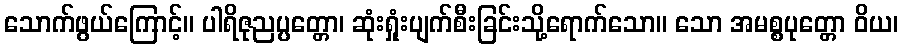
သောက်ဖွယ်ကြောင့်။ ပါရိဇုညပ္ပတ္တော၊ ဆုံးရှုံးပျက်စီးခြင်းသို့ရောက်သော။ သော အမစ္စပုတ္တော ဝိယ၊